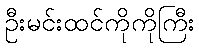
ဦးမင်းထင်ကိုကိုကြီး